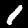
Label: 1